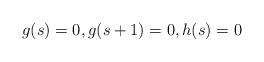
LaTeX: \begin{align*}g(s)=0,g(s+1)=0,h(s)=0\end{align*}